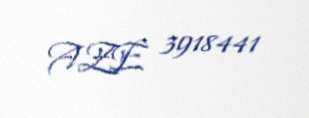
AZE 3918441